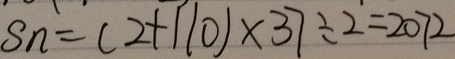
s _ { n } = ( 2 + 1 1 0 ) \times 3 7 \div 2 = 2 0 7 2